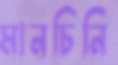
মানচিনি